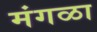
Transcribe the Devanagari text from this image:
मंगळा